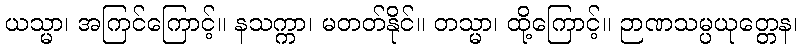
ယသ္မာ၊ အကြင်ကြောင့်။ နသက္ကာ၊ မတတ်နိုင်။ တသ္မာ၊ ထို့ကြောင့်။ ဉာဏသမ္ပယုတ္တေန၊